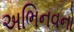
અભિનવનો